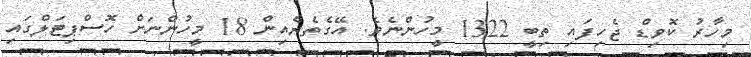
މިހާރު ކޮވިޑް ޖެހިފައި ތިބީ 1322 މީހުންނެވެ. އޭގެތެރެއިން 18 މީހުންނަށް ހޮސްޕިޓަލްގައި